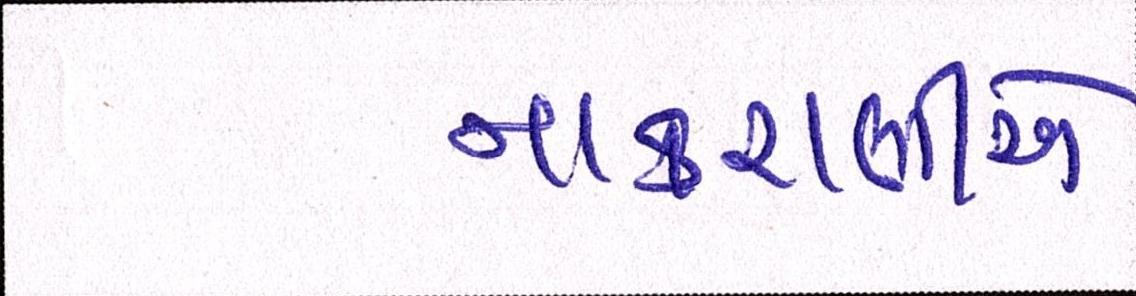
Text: નાકરાણીએ